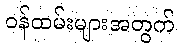
ဝန်ထမ်းများအတွက်